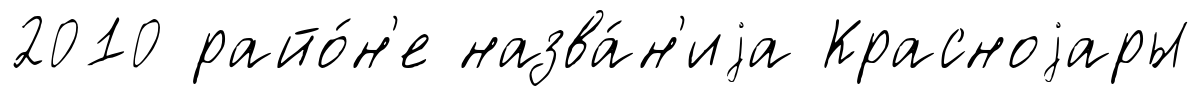
2010 райо́н'е назва́н'иjа Красноjары